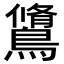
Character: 𪅭